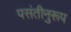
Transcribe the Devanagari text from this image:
पसंतीनुरूप